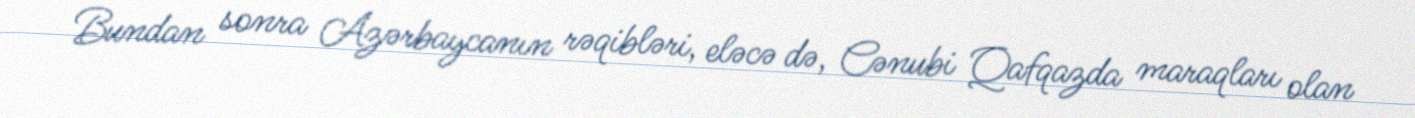
Bundan sonra Azərbaycanın rəqibləri, eləcə də, Cənubi Qafqazda maraqları olan